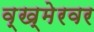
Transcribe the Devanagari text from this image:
व्ख्मेरवर